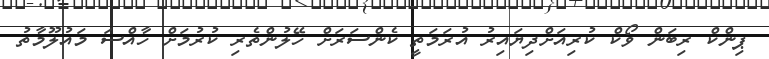
ޕިންކް ރިބަން ވޯކް ކުރިއަށްދިޔައިރު އުރަމަތީ ކެންސަރަށް ހޭލުންތެރި ކުރުމަށް ހާއްސަ މައުލޫމާތު